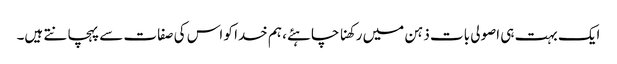
ایک بہت ہی اصولی بات ذہن میں رکھنا چاہئے، ہم خدا کو اس کی صفات سے پہچانتے ہیں۔